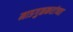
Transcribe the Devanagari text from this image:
माडगुळकरांच्या